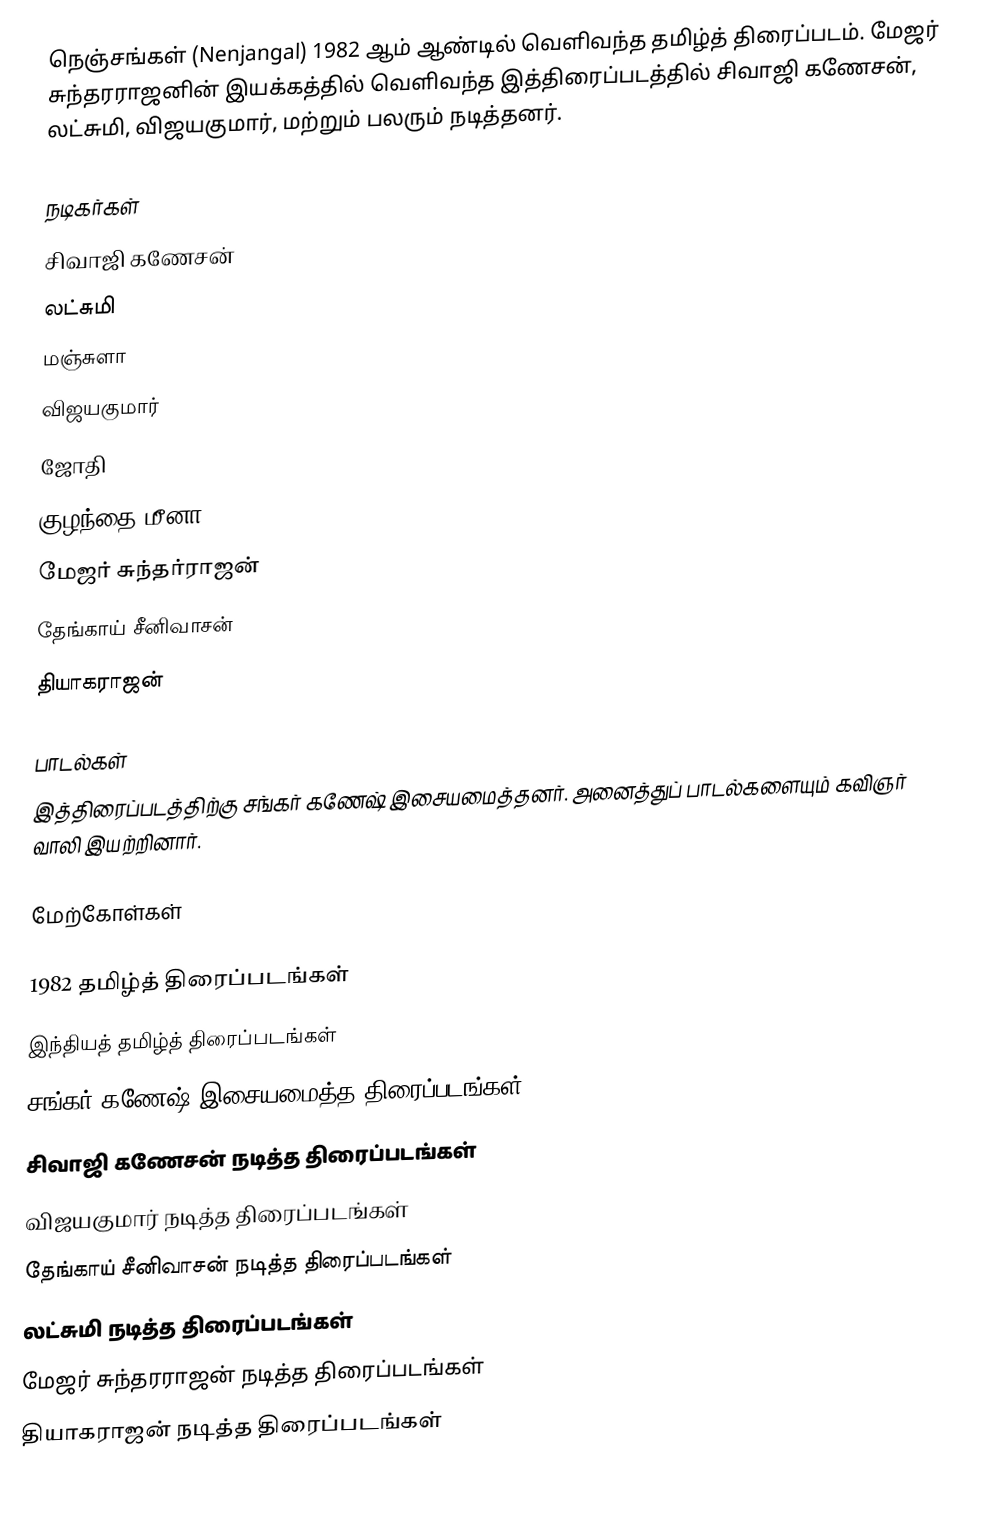
நெஞ்சங்கள் (Nenjangal) 1982 ஆம் ஆண்டில் வெளிவந்த தமிழ்த் திரைப்படம். மேஜர் சுந்தரராஜனின் இயக்கத்தில் வெளிவந்த இத்திரைப்படத்தில் சிவாஜி கணேசன், லட்சுமி, விஜயகுமார், மற்றும் பலரும் நடித்தனர்.

நடிகர்கள்
 சிவாஜி கணேசன்
 லட்சுமி
 மஞ்சுளா
 விஜயகுமார்
 ஜோதி
 குழந்தை மீனா
 மேஜர் சுந்தர்ராஜன்
 தேங்காய் சீனிவாசன்
 தியாகராஜன்

பாடல்கள்
இத்திரைப்படத்திற்கு சங்கர் கணேஷ் இசையமைத்தனர். அனைத்துப் பாடல்களையும் கவிஞர் வாலி இயற்றினார்.

மேற்கோள்கள்

1982 தமிழ்த் திரைப்படங்கள்
இந்தியத் தமிழ்த் திரைப்படங்கள்
சங்கர் கணேஷ் இசையமைத்த திரைப்படங்கள்
சிவாஜி கணேசன் நடித்த திரைப்படங்கள்
விஜயகுமார் நடித்த திரைப்படங்கள்
தேங்காய் சீனிவாசன் நடித்த திரைப்படங்கள்
லட்சுமி நடித்த திரைப்படங்கள்
மேஜர் சுந்தரராஜன் நடித்த திரைப்படங்கள்
தியாகராஜன் நடித்த திரைப்படங்கள்